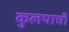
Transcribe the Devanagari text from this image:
कुलपाची